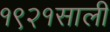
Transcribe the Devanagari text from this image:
१९२१साली